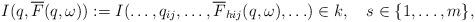
LaTeX: \begin{align*} I(q,\overline{F}(q,\omega)):= I(\ldots, q_{ij},\ldots, \overline{F}_{hij}(q,\omega),\ldots)\in k,\ \ \ s\in \{1,\ldots,m\},\end{align*}